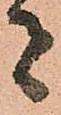
者